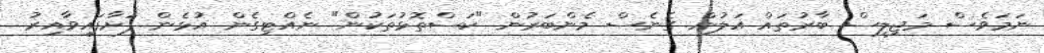
ނަމަވެސް މަޖިލީސް ބާރުތައް އަލުން ގެނެސް މެންބަރުން "ކަސްތޮޅުތަކުން" ނެއްޓިގެން އުޅެން ފަށާފައިވާއިރު